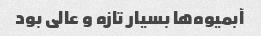
آبمیوه‌ها بسیار تازه و عالی بود